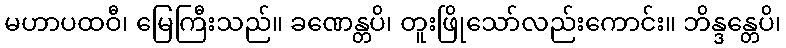
မဟာပထဝီ၊ မြေကြီးသည်။ ခဏေန္တပိ၊ တူးဖြိုသော်လည်းကောင်း။ ဘိန္ဒန္တေပိ၊